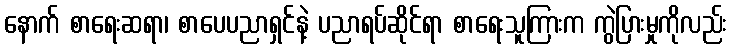
နောက် စာရေးဆရာ၊ စာပေပညာရှင်နဲ့ ပညာရပ်ဆိုင်ရာ စာရေးသူကြားက ကွဲပြားမှုကိုလည်း